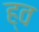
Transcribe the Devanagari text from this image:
ह्व